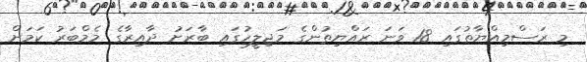
މި ރަސްމިއްޔާތުގައި 18 ވަނަ ރައްޔިތުންގެ މަޖިލީހުގައި ބާރަށު ދާއިރާގެ މެމްބަރު ކަމަށް